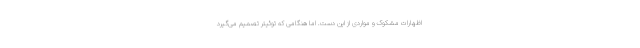
اظهارات مشکوک و مواردی از این دست. اما هنگامی که توئیتر تصمیم می‌گیرد